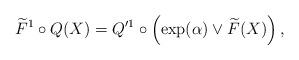
LaTeX: \begin{align*} \widetilde{F}^1 \circ Q (X) = Q'^1 \circ \left(\exp (\alpha)\vee \widetilde{F}(X)\right), \end{align*}